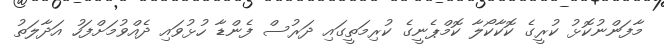
މާފަންނުކޮޅު ކުރީގެ ކޮކާކޯލާ ކޮމްޕެނީގެ ކުރިމަތީގައި ދަރުސް ފެންޑާ ހުޅުވައި ދެއްވުމަށްފަހު އަދާލަތު